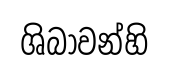
ශිබාවන්හි